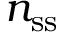
n _ { \mathrm { s s } }